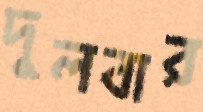
দুলবার